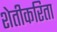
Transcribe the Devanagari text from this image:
शेतीकरिता